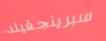
سبرينجفيلد